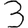
Digit: 3